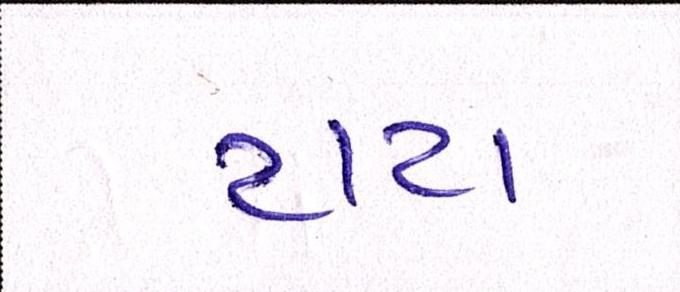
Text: ટાટા